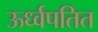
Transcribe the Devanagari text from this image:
ऊर्ध्वपतित